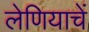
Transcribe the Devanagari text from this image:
लेणियाचें